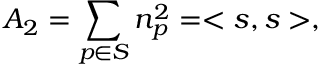
A _ { 2 } = \sum _ { p \in { \cal S } } n _ { p } ^ { 2 } = < s , s > ,